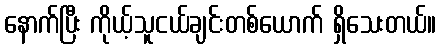
နောက်ပြီး ကိုယ့်သူငယ်ချင်းတစ်ယောက် ရှိသေးတယ်။